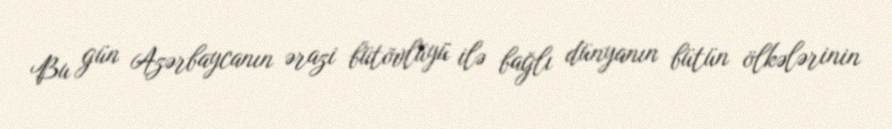
Bu gün Azərbaycanın ərazi bütövlüyü ilə bağlı dünyanın bütün ölkələrinin